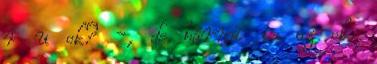
r u ok? -, de bármi is az ok,